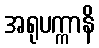
အရုပက္ကာနိ